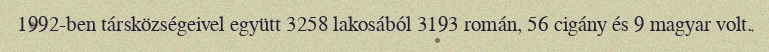
1992-ben társközségeivel együtt 3258 lakosából 3193 román, 56 cigány és 9 magyar volt.